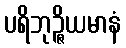
ပရိဘုဉ္ဇိယမာနံ